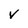
Character: V